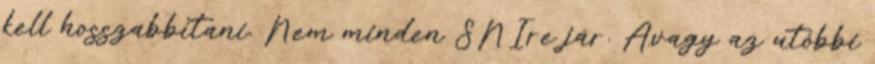
kell hosszabbítani. Nem minden SNIre jár. Avagy az utóbbi